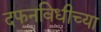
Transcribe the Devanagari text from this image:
दफनविधीच्या